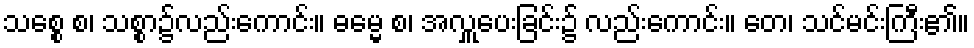
သစ္စေ စ၊ သစ္စာ၌လည်းကောင်း။ ဓမ္မေ စ၊ အလှူပေးခြင်း၌ လည်းကောင်း။ တေ၊ သင်မင်းကြီး၏။